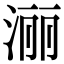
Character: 𣶇